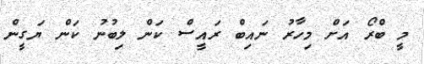
މީ ބްރޯ އަށް މިހާރު ނައިބް ރައީސް ކަން ލިބުނު ކަން ޔަގީން